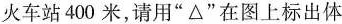
火车站400米，请用”\Delta”在图上标出体